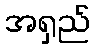
အရှည်